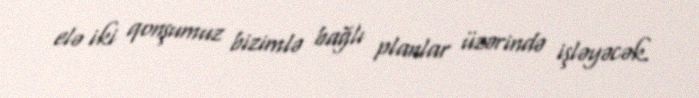
elə iki qonşumuz bizimlə bağlı planlar üzərində işləyəcək.